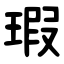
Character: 瑕